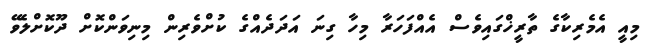
މިއީ އެމެރިކާގެ ތާރީޚްގައިވެސް އެއްފަހަރާ މިހާ ގިނަ އަދަދެއްގެ ކުށްވެރިން މިނިވަންކޮށް ދޫކޮށްލެވޭ